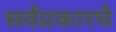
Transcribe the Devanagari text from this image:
सर्वप्रकारचे